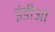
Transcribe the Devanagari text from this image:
इंडीआ